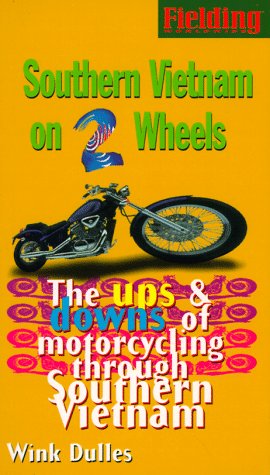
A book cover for Fielding's Southern Vietnam on Two Wheels: The Ups & Downs of Solo Motorcycling Through Exotica; Wink Dulles; Travel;